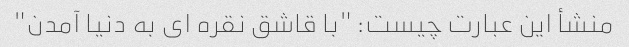
منشأ این عبارت چیست: "با قاشق نقره ای به دنیا آمدن"